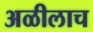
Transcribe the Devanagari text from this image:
अळीलाच